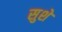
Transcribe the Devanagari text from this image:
सुशे